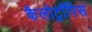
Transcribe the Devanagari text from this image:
कैलोट्रॉपिस